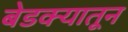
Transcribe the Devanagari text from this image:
बेडक्यातून